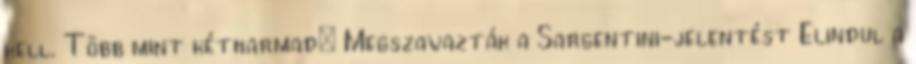
kell. Több mint kétharmad: Megszavazták a Sargentini-jelentést Elindul a